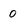
Character: 0